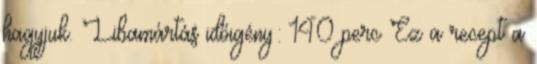
hagyjuk. Libamártás időigény: 140 perc Ez a recept a